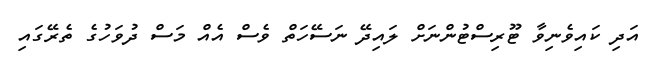
އަދި ކައިވެނިވާ ޓޫރިސްޓުންނަށް ލައިދޭ ނަސޭހަތް ވެސް އެއް މަސް ދުވަހުގެ ތެރޭގައި